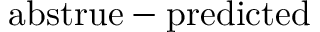
\mathrm { \ a b s { t r u e - p r e d i c t e d } }